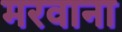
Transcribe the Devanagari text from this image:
मरवाना